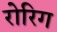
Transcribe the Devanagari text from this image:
रोरिग